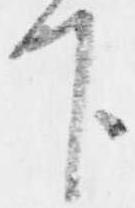
下